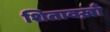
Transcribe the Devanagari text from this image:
शितावख़ाँ